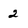
Character: 2